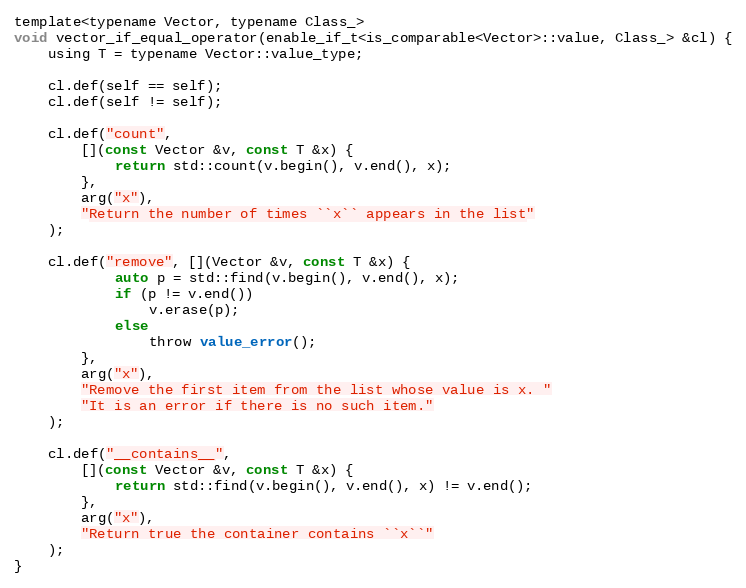
Language: C
template<typename Vector, typename Class_>
void vector_if_equal_operator(enable_if_t<is_comparable<Vector>::value, Class_> &cl) {
    using T = typename Vector::value_type;

    cl.def(self == self);
    cl.def(self != self);

    cl.def("count",
        [](const Vector &v, const T &x) {
            return std::count(v.begin(), v.end(), x);
        },
        arg("x"),
        "Return the number of times ``x`` appears in the list"
    );

    cl.def("remove", [](Vector &v, const T &x) {
            auto p = std::find(v.begin(), v.end(), x);
            if (p != v.end())
                v.erase(p);
            else
                throw value_error();
        },
        arg("x"),
        "Remove the first item from the list whose value is x. "
        "It is an error if there is no such item."
    );

    cl.def("__contains__",
        [](const Vector &v, const T &x) {
            return std::find(v.begin(), v.end(), x) != v.end();
        },
        arg("x"),
        "Return true the container contains ``x``"
    );
}